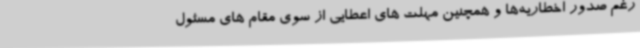
رغم صدور اخطاریه‌ها و همچنین مهلت های اعطایی از سوی مقام های مسئول